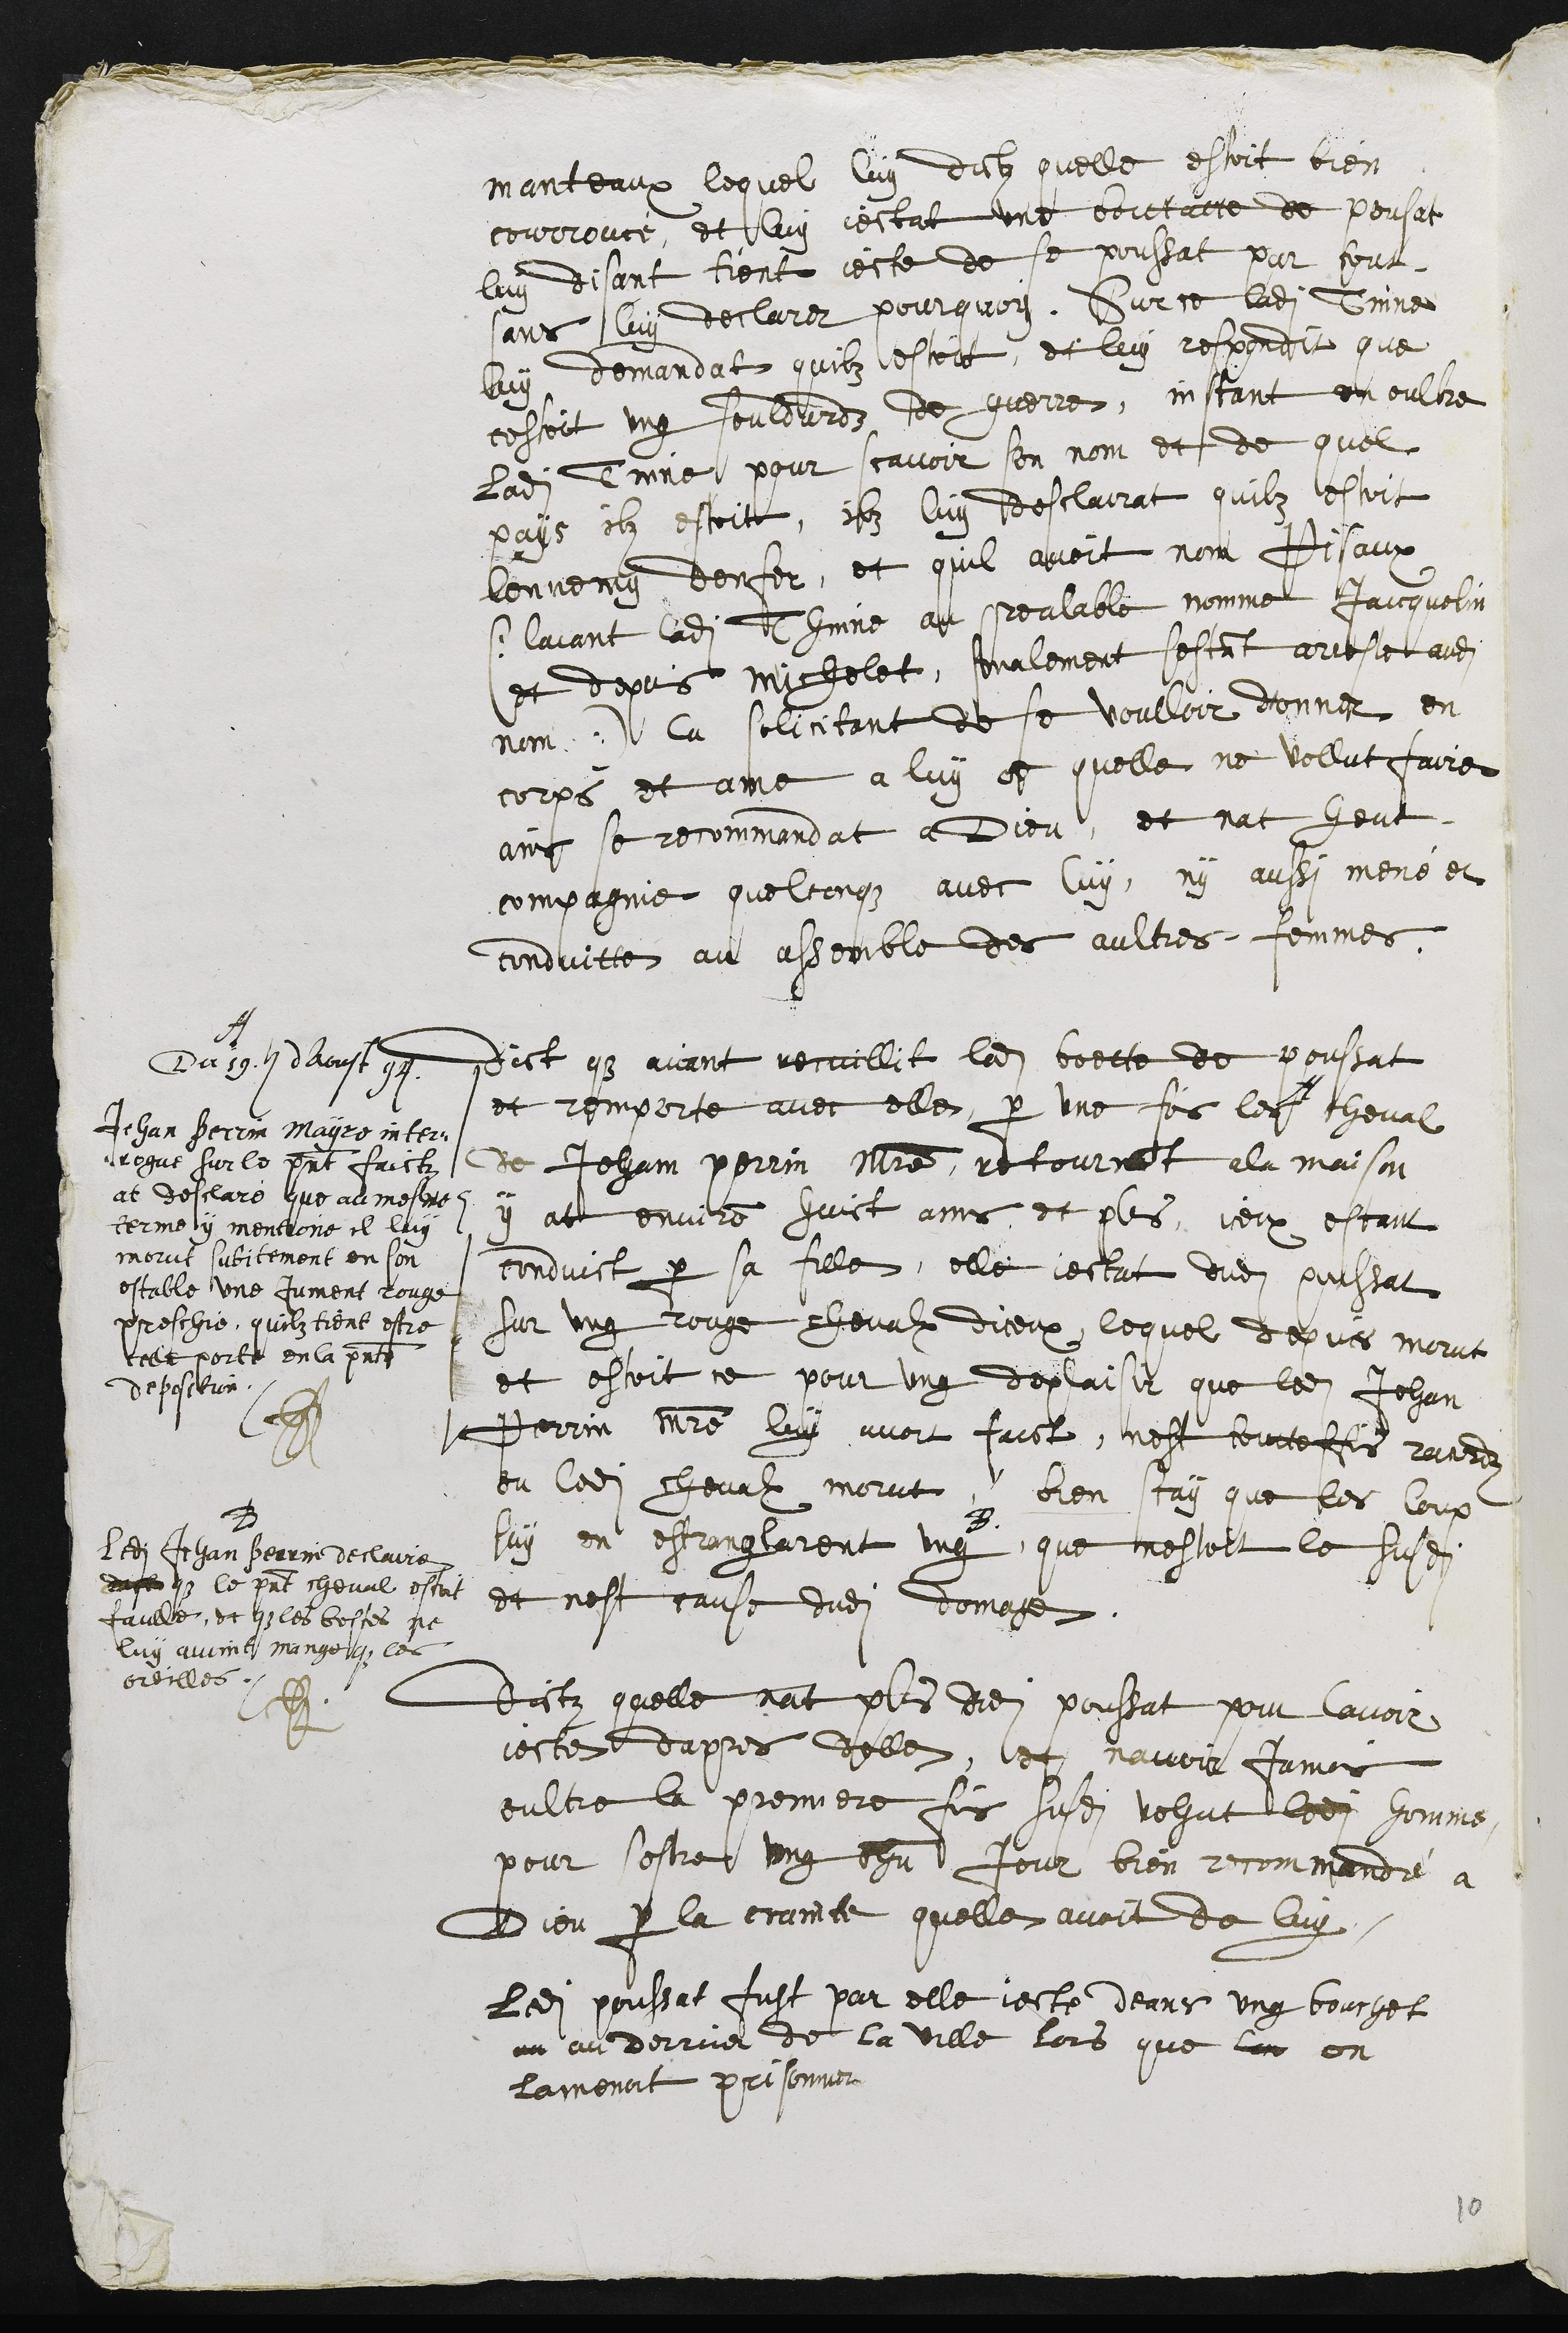
manteaux lequel luy dictz quelle estoit bien
courrouce, et luy jectat une boittatte de pousat
luy disant tient jecte de se poussat par tout
sans luy declarer pourquoy. Sur ce ladite Thinne
luy demandat quilz estoit, et luy respondit que
cestoit ung souldardz de guerre, instant en oultre
ladite Tinne pour scavoir son nom et de quel
pays ilz estoit, ilz luy desclairat quilz estoit
lennemy denfer, et quil avoit nom Pisaux
(laiant ladite Thinne au prealable nomme Jaicquelin
et depuis Michelet, finalement sestant arreste audit
nom) la solicitant de se voulloir donner en
corps et ame a luy et quelle ne vollut faire
ains se recommandat a Dieu, et nat heut
compagnie quelconque avec luy, ny aussi mené et
conduitte au assemble des aultres femmes.
Dict que aiant recuillit ladite boette de poussat
et remporte avec elle, par une fois les A cheval
de Jehan Perrin Maistre retournant a la maison
y at environ huict ans et plus, iceux estant
conduict par sa fille, elle jectat dudit poussat
sur ung rouge chevalx diceux, lequel depuis morut
et estoit ce pour ung deplaisir que ledit Jehan
Perrin maistre luy avoit faict, nest touteffois recordz
ou ledit chevalx morut, bien scay que les loup
luy en estranglarent ung B que nestoit le susdit
et nest cause dudit dommage.
A
Du 19e dAoust 94
Jehan Perrin Mayre inter-
rogue sur le present faictz
at desclaré que au mesme
terme y mentione il luy
morut subitement en son
estable une Jument rouge
preschie, quilz tient estre
celle perte en la presente
deposition
HG
B
Ledit Jehan Perrin declaire
dist que le present cheval estoit
faulle, et que les bestes ne
luy avoint mange que les
oreilles.
HG
Dictz quelle nat plus dudit poussat pour lavoir
jecte dapres delle, et navoir Jamais
oultre la premiere fois susdite vehut ledit homme
pour sestre ung chn jour bien recommandé a
Dieu par la crainte quelle avoit de luy.
ledit poussat fust par elle jecte deans ung bouchet
au au derrier de la ville lors que lon on
lamenat prisonnier

10